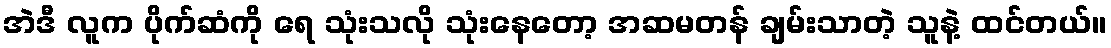
အဲဒီ လူက ပိုက်ဆံကို ရေ သုံးသလို သုံးနေတော့ အဆမတန် ချမ်းသာတဲ့ သူနဲ့ ထင်တယ်။